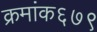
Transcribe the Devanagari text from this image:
क्रमांक६७९